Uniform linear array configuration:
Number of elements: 64
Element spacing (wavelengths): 0.25
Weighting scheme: cosine
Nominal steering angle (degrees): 45
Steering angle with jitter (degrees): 43.142
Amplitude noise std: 0.05
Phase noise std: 0.05

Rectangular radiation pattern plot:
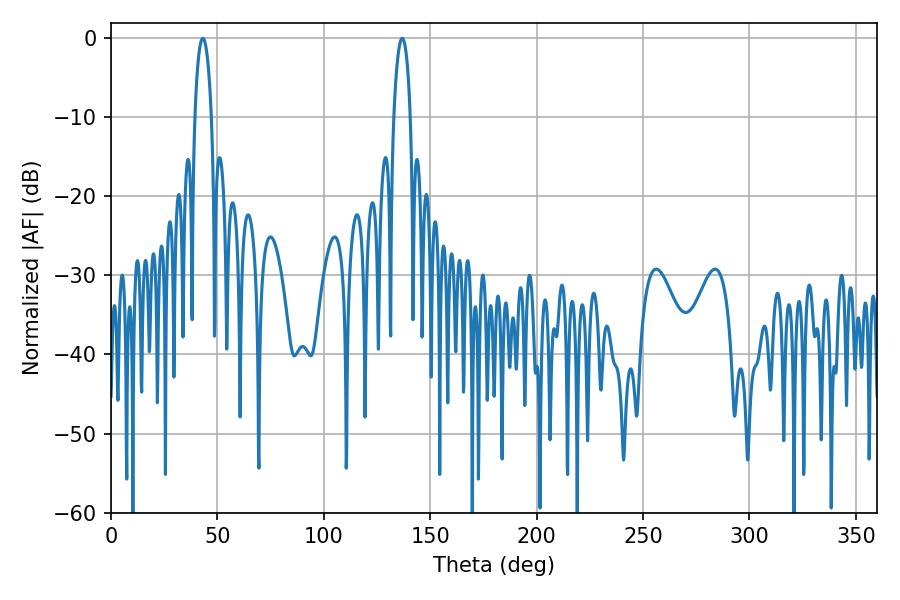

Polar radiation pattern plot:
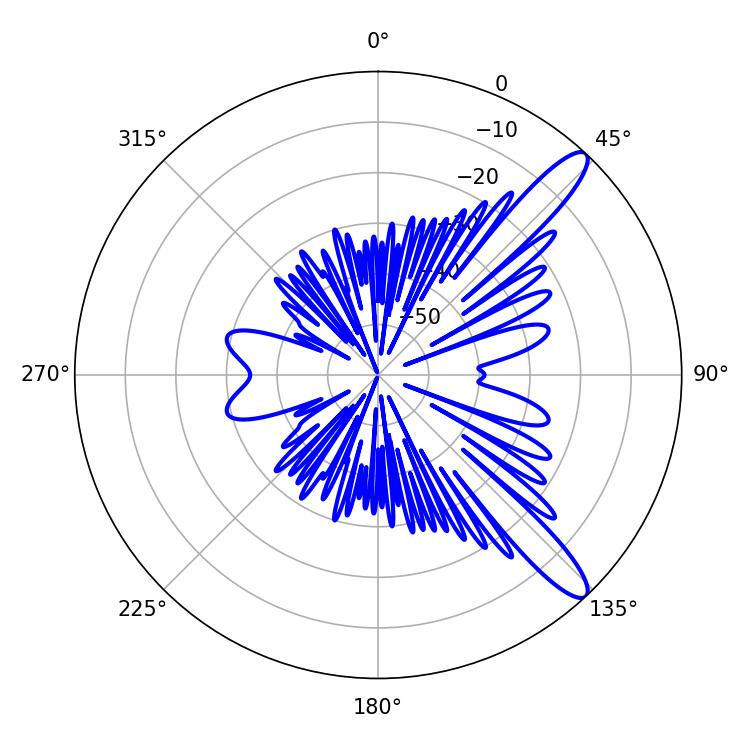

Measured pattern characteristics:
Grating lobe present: FALSE
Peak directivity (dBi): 12.293
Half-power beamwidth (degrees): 4.32
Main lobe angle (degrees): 136.8